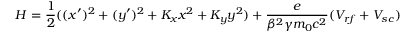
H = \frac { 1 } { 2 } ( ( x ^ { \prime } ) ^ { 2 } + ( y ^ { \prime } ) ^ { 2 } + K _ { x } x ^ { 2 } + K _ { y } y ^ { 2 } ) + \frac { e } { \beta ^ { 2 } \gamma m _ { 0 } c ^ { 2 } } ( V _ { r f } + V _ { s c } )